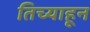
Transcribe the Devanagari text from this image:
तिच्याहून